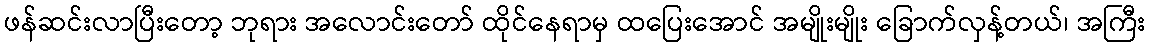
ဖန်ဆင်းလာပြီးတော့ ဘုရား အလောင်းတော် ထိုင်နေရာမှ ထပြေးအောင် အမျိုးမျိုး ခြောက်လှန့်တယ်၊ အကြီး